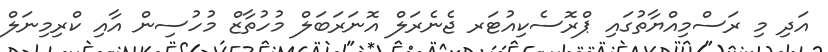
އަދި މި ރަސްމިއްޔާތުގައި ޕްރޮސެކިއުޓަރ ޖެނެރަލް އޮނަރަބަލް މުހުތާޒް މުހުސިން އާއި ކްރިމިނަލް